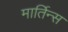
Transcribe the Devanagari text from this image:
मार्तिन्स